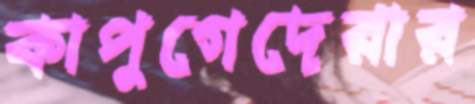
কাপুগেদেরার